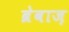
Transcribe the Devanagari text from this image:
ब्रेवाज़